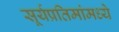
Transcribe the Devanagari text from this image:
सूर्यप्रतिमांमध्ये